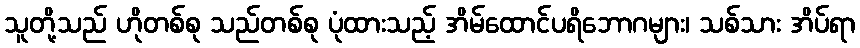
သူတို့သည် ဟိုတစ်စု သည်တစ်စု ပုံထားသည့် အိမ်ထောင်ပရိဘောဂများ၊ သစ်သား အိပ်ရာ